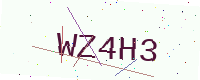
Text: WZ4H3